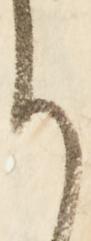
り